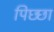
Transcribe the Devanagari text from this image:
पिछ्छा